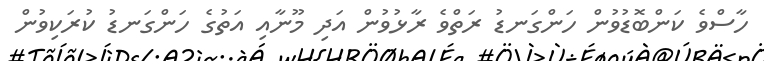
ހާސްވެ ކަންބޮޑުވުން ހަންގަނޑު ރަތްވެ ރާޅުވުން އަދި މޫނާއި އަތުގެ ހަންގަނޑު ކުރަކިވުން